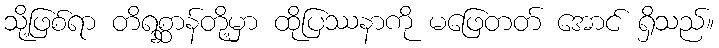
သို့ဖြစ်ရာ တိရစ္ဆာန်တို့မှာ ထိုပြဿနာကို မဖြေတတ် အောင် ရှိသည်။